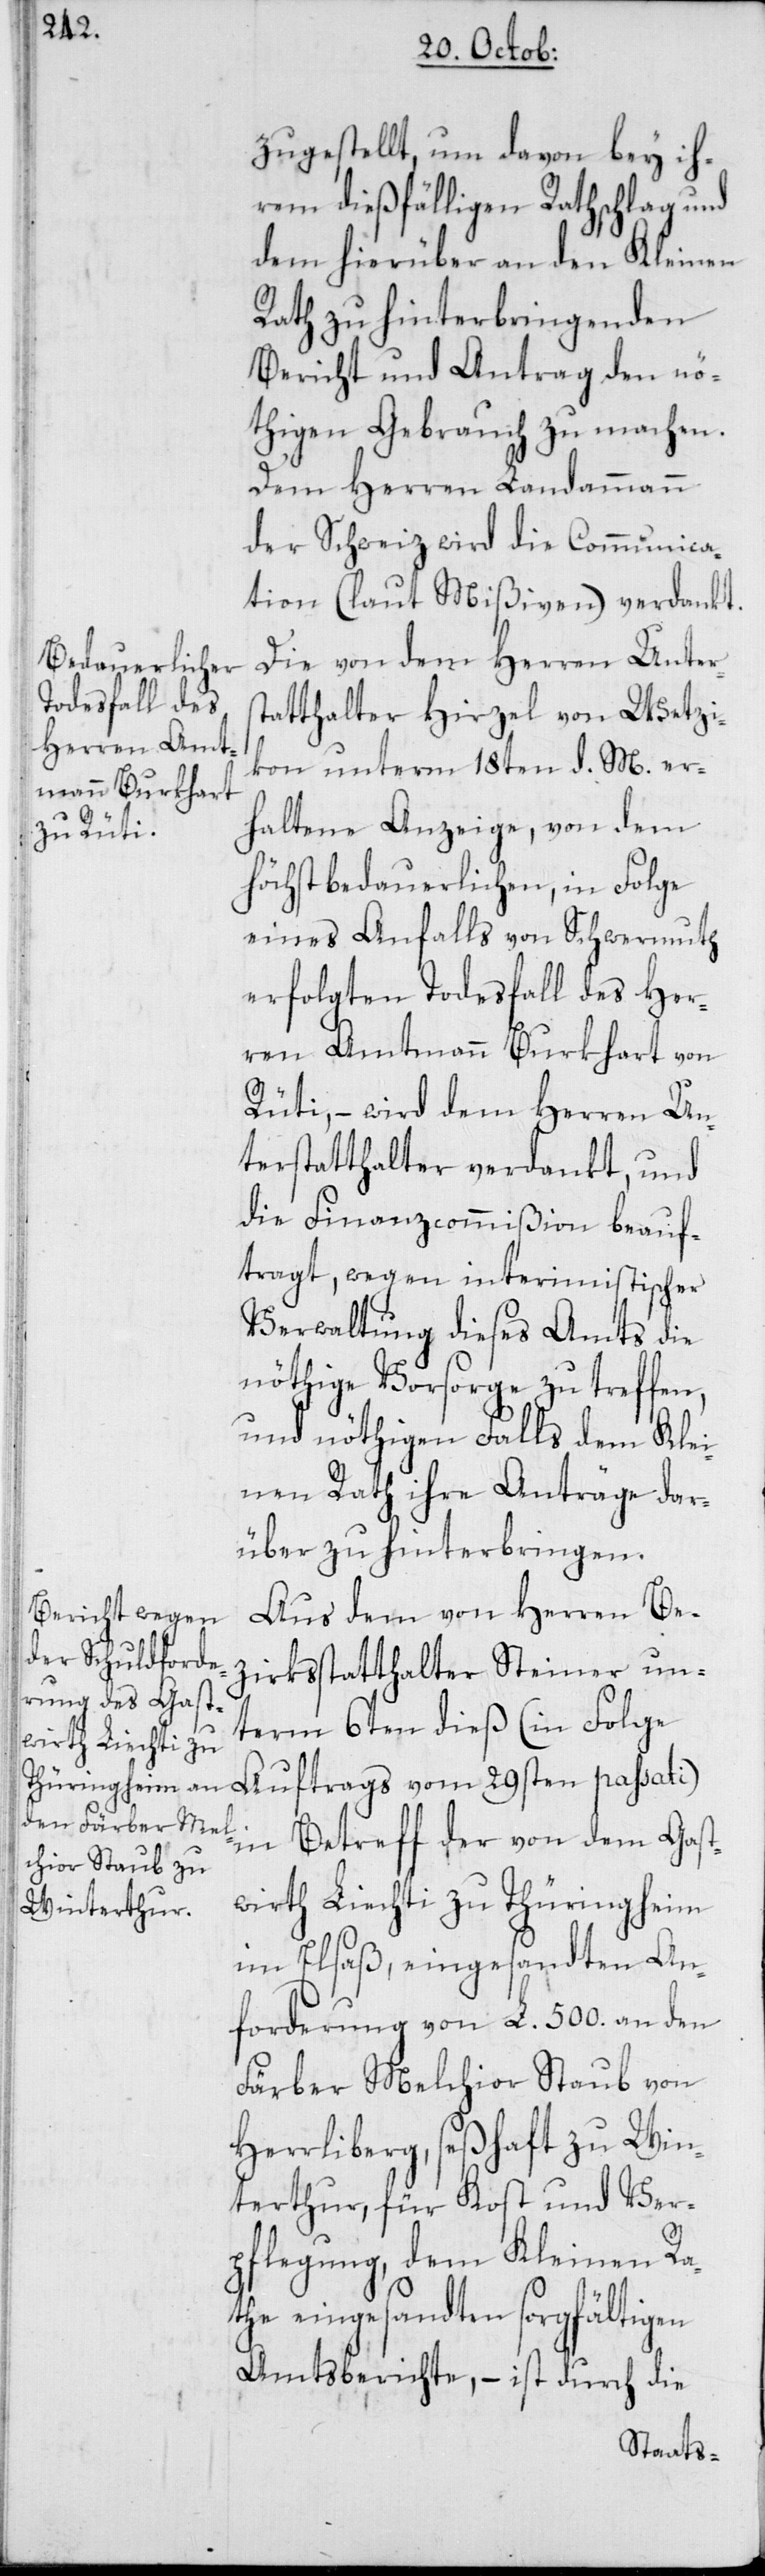
zugestellt, um davon bey ih¬
rem dießfälligen Rathschlag und
dem hierüber an den Kleinen
Rath zu hinterbringenden
Bericht und Antrag den nö¬
thigen Gebrauch zu machen.
Dem Herren Landammann
der Schweiz wird die Communica¬
tion (laut Mißiven) verdankt.
Die von dem Herren Unter¬
statthalter Hirzel von Wetzi¬
kon unterm 18ten d. M. er¬
haltene Anzeige, von dem
höchst bedauerlichen, in Folge
eines Anfalls von Schwermuth
erfolgten Todesfall des Her¬
ren Amtmann Burkhart von
Rüti, – wird dem Herren Un¬
terstatthalter verdankt, und
die Finanzcommißion beauf¬
tragt, wegen interimistischer
Verwaltung dieses Amts die
nöthige Vorsorge zu treffen,
und nöthigen Falls dem Klei¬
nen Rath ihre Anträge dar¬
über zu hinterbringen.
Aus dem von Herren Be¬
zirksstatthalter Steiner un¬
term 6ten dieß (in Folge
Auftrags vom 29sten passati)
in Betreff der von dem Gast¬
wirt Liechti zu Thüringheim
im Elsaß, eingesandten An¬
forderung von L. 500. an den
Färber Melchior Staub von
Herrliberg, seßhaft zu Win¬
terthur, für Kost und Ver¬
pflegung, dem Kleinen Ra¬
the eingesandten sorgfältigen
Amtsberichte, – ist durch die